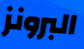
البرونز